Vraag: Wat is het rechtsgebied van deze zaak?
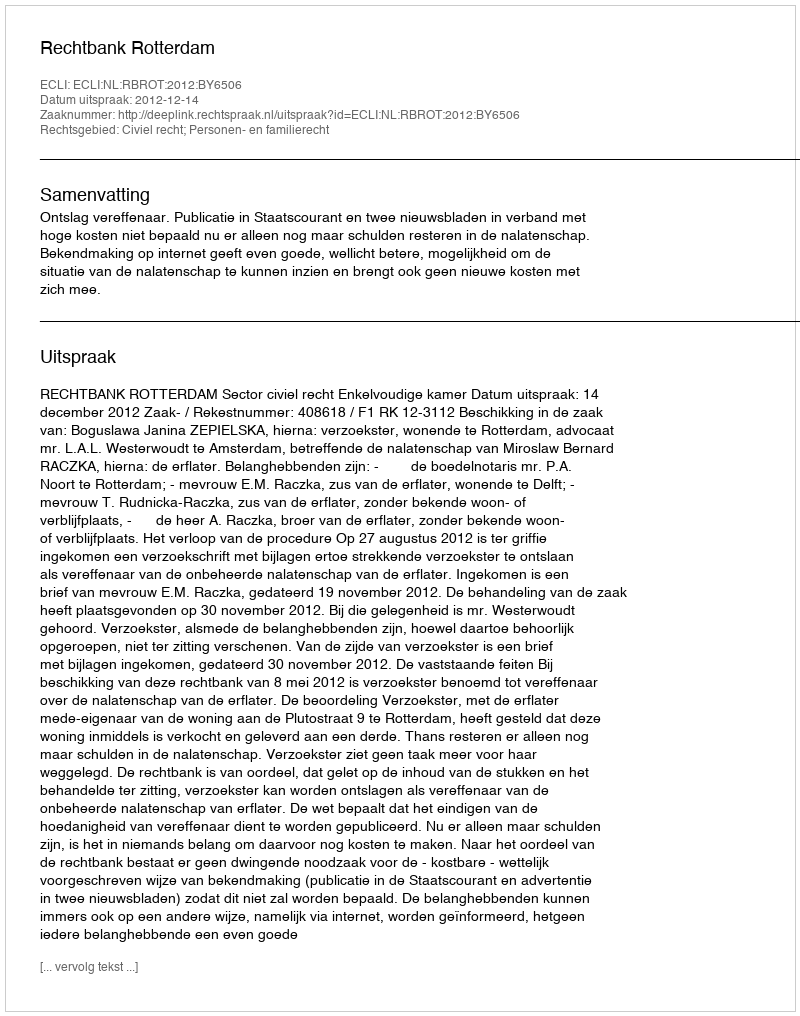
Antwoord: Civiel recht; Personen- en familierecht